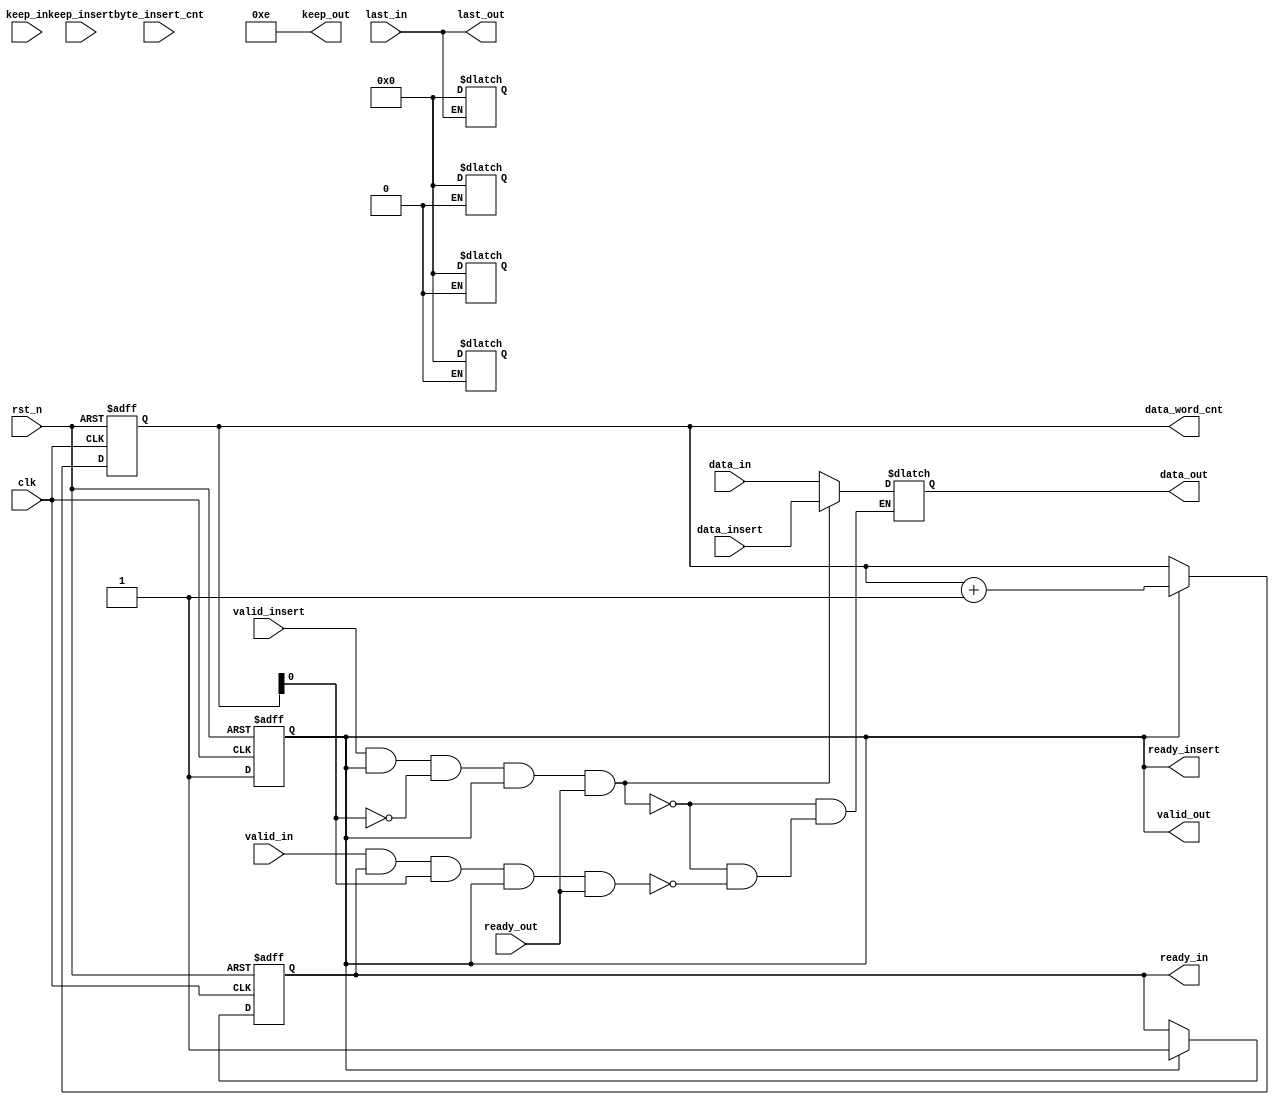
module axi_stream_insert_header #(
    parameter DATA_WD = 32,
    parameter DATA_BYTE_WD = DATA_WD / 8,
    parameter BYTE_CNT_WD = $clog2(DATA_BYTE_WD)
) (
    input   wire                       clk,
    input   wire                       rst_n,
// AXI Stream input original data
    input   wire                       valid_in,
    input   wire [DATA_WD-1 : 0]       data_in,
    input   wire [DATA_BYTE_WD-1 : 0]  keep_in,
    input   wire                       last_in,
    output  reg                        ready_in,
// AXI Stream output with header inserted
    output  wire                       valid_out,
    output  reg  [DATA_WD-1 : 0]       data_out,
    output  wire [DATA_BYTE_WD-1 : 0]  keep_out,
    output  wire                       last_out,
    input   wire                       ready_out,
// The header to be inserted to AXI Stream input
    input   wire                       valid_insert,
    input   wire [DATA_WD-1 : 0]       data_insert,
    input   wire [DATA_BYTE_WD-1 : 0]  keep_insert,
    input   wire [BYTE_CNT_WD-1 : 0]   byte_insert_cnt,
    output  reg                        ready_insert,
    output  reg  [DATA_WD-1 : 0]       data_word_cnt//
);
//=======================================================================================================================

reg  [7:0]                  byte0,byte1,byte2,byte3;
reg  [7:0]                  byte4,byte5,byte6,byte7;
reg  [7:0]                  byte8,byte9,byte10,byte11;
reg  [DATA_WD-1 : 0]        data_in_reg;
reg  [DATA_WD-1 : 0]        data_insert_reg;

//===============================data_processing_unit=============================================================================


//
always@(*) begin
    byte0 = data_in_reg[7:0];
    byte1 = data_in_reg[15:8];
    byte2 = data_in_reg[23:16];
    byte3 = data_in_reg[31:24]; end


//keep_in
always@(*) 
    if(last_in) begin
        byte0 = (keep_in[0] == 1'b1) ? byte0 : 8'b0000_0000;
        byte1 = (keep_in[1] == 1'b1) ? byte1 : 8'b0000_0000;
        byte2 = (keep_in[2] == 1'b1) ? byte2 : 8'b0000_0000;
        byte3 = (keep_in[3] == 1'b1) ? byte3 : 8'b0000_0000; end
    else    begin
        byte0 = byte0; 
        byte1 = byte1; 
        byte2 = byte2; 
        byte3 = byte3; end


//===============================header_processing_unit=============================================================================


//
always@(*) begin
    byte4 = data_insert_reg[7:0];
    byte5 = data_insert_reg[15:8];
    byte6 = data_insert_reg[23:16];
    byte7 = data_insert_reg[31:24]; end


//data_insert
always@(*) 
    if(byte_insert_cnt == 'd4) begin
        byte4 = byte4;
        byte5 = byte5;
        byte6 = byte6;
        byte7 = byte7; end
    else    if(byte_insert_cnt == 'd3) begin
        byte4 = byte4;
        byte5 = byte5;
        byte6 = byte6;
        byte7 = 8'b0000_0000; end
    else    if(byte_insert_cnt == 'd2) begin
        byte4 = byte4;
        byte5 = byte5;
        byte6 = 8'b0000_0000;
        byte7 = 8'b0000_0000; end
    else    if(byte_insert_cnt == 'd1) begin
        byte4 = byte4;
        byte5 = 8'b0000_0000;
        byte6 = 8'b0000_0000;
        byte7 = 8'b0000_0000; end
    else    begin
        byte4 = byte4;
        byte5 = byte5;
        byte6 = byte6;
        byte7 = byte7; end


//===============================merge_processing_unit=============================================================================

//data_word_cnt
always@(posedge clk or negedge rst_n) 
    if(!rst_n)
        data_word_cnt <= 'd0;
    else    if(ready_insert)
        data_word_cnt <= data_word_cnt + 1'b1;
    else
        data_word_cnt <= data_word_cnt;                


//ready_insert
always@(posedge clk or negedge rst_n) 
    if(!rst_n)
        ready_insert <= 1'b0;
    else
        ready_insert <= 1'b1;


//ready_in
always@(posedge clk or negedge rst_n) 
    if(!rst_n)
        ready_in <= 1'b0;
    else if(ready_insert)
        ready_in <= 1'b1;
    else
        ready_in <= ready_in;


//data_out
always@(*)
    if((valid_insert == 1'b1) && (ready_insert == 1'b1) && (data_word_cnt[0] == 1'b0) && (valid_out == 1'b1) && (ready_out == 1'b1))
        data_out = data_insert;
    else    if((valid_in == 1'b1) && (ready_in == 1'b1) && (data_word_cnt[0] == 1'b1) && (valid_out == 1'b1) && (ready_out == 1'b1))
        data_out = data_in;    
    else
        data_out = data_out;


//valid_out ready_out
assign valid_out = ready_insert;


//===============================data_out_processing_unit=============================================================================

//last_out
assign last_out = last_in;


//keep_out
assign keep_out = 'b1110;


//
always@(*) begin
        byte8  = data_out[7:0];
        byte9  = data_out[15:8];
        byte10 = data_out[23:16];
        byte11 = data_out[31:24]; end


//keep_out
always@(*) 
    if(last_out) begin
        byte8  = (keep_out[0] == 1'b1) ? byte8  : 8'b0000_0000;
        byte9  = (keep_out[1] == 1'b1) ? byte9  : 8'b0000_0000;
        byte10 = (keep_out[2] == 1'b1) ? byte10 : 8'b0000_0000;
        byte11 = (keep_out[3] == 1'b1) ? byte11 : 8'b0000_0000; end
    else    begin
        byte8  = byte8 ; 
        byte9  = byte9 ; 
        byte10 = byte10; 
        byte11 = byte11; end


endmodule